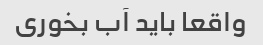
واقعا باید آب بخوری